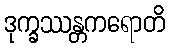
ဒုက္ခဿန္တကရောတိ